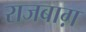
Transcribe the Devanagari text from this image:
राजबाग़